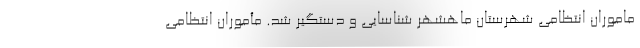
ماموران انتظامی شهرستان ماهشهر شناسایی و دستگیر شد. مأموران انتظامی